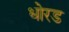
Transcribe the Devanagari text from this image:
धोरड